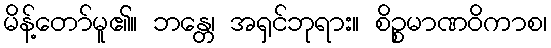
မိန့်တော်မူ၏။ ဘန္တေ၊ အရှင်ဘုရား။ စိဉ္စမာဏဝိကာစ၊